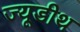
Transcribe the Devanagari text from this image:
ज्यूडीथ